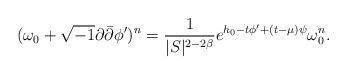
LaTeX: \begin{align*}(\omega_0+\sqrt{-1}\partial\bar\partial\phi')^n= \frac{1}{|S|^{2-2\beta}}e^{h_0- t \phi' +( t-\mu)\psi}\omega_0^n.\end{align*}